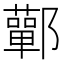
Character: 鄿